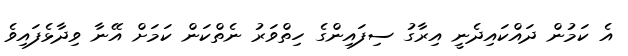
އެ ކަމުން ދައްކައިދެނީ އިރާގު ސިފައިންގެ ހިތްވަރު ނެތްކަން ކަމަށް އޭނާ ވިދާޅެފައިވެ